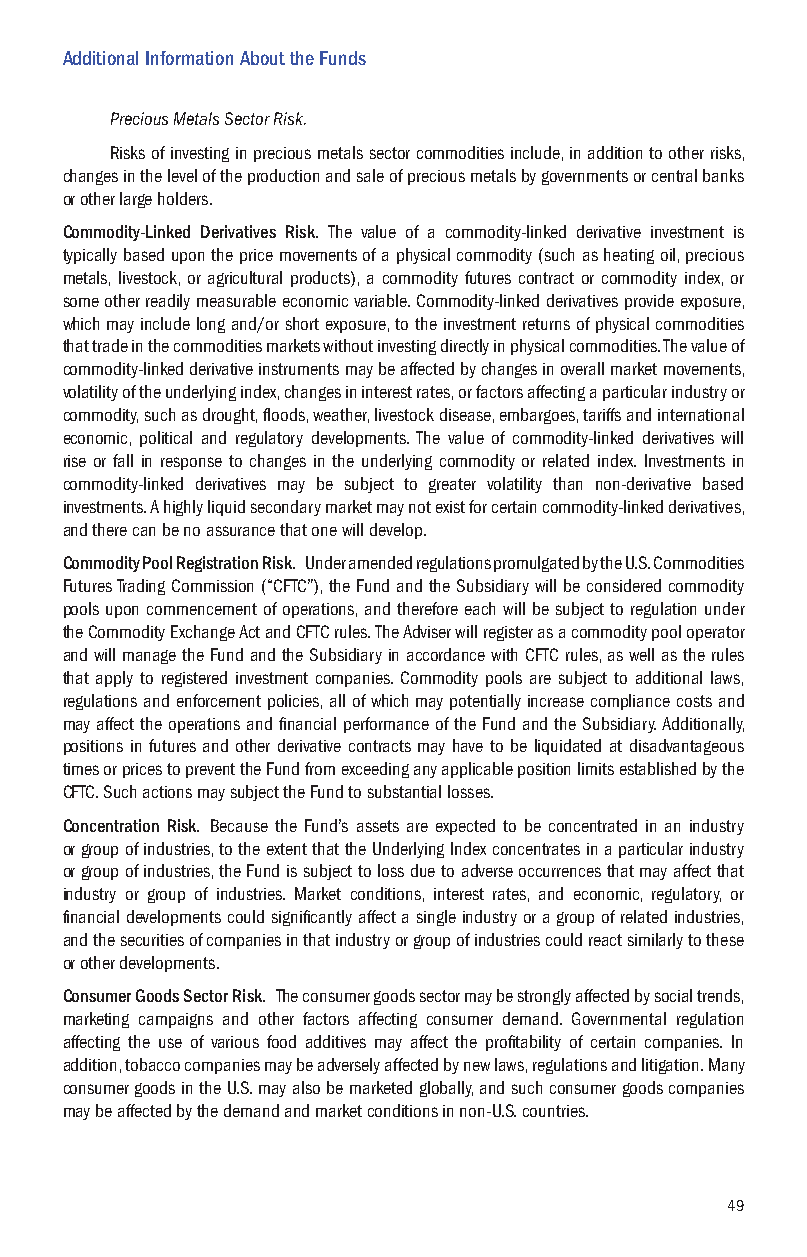
Additional Information About the Funds
 Precious Metals Sector Risk.
 Risks of investing in precious metals sector commodities include, in addition to other risks,
 changes in the level of the production and sale of precious metals by governments or central banks
 or other large holders.
 Commodity-Linked Derivatives Risk. The value of a commodity-linked derivative investment is
 typically based upon the price movements of a physical commodity (such as heating oil, precious
 metals, livestock, or agricultural products), a commodity futures contract or commodity index, or
 some other readily measurable economic variable. Commodity-linked derivatives provide exposure,
 which may include long and/or short exposure, to the investment returns of physical commodities
 that trade in the commodities markets without investing directly in physical commodities. The value of
 commodity-linked derivative instruments may be affected by changes in overall market movements,
 volatility of the underlying index, changes in interest rates, or factors affecting a particular industry or
 commodity, such as drought, floods, weather, livestock disease, embargoes, tariffs and international
 economic, political and regulatory developments. The value of commodity-linked derivatives will
 rise or fall in response to changes in the underlying commodity or related index. Investments in
 commodity-linked derivatives may be subject to greater volatility than non-derivative based
 investments. A highly liquid secondary market may not exist for certain commodity-linked derivatives,
 and there can be no assurance that one will develop.
 Commodity Pool Registration Risk. Under amended regulations promulgated by the U.S. Commodities
 Futures Trading Commission (“CFTC”), the Fund and the Subsidiary will be considered commodity
 pools upon commencement of operations, and therefore each will be subject to regulation under
 the Commodity Exchange Act and CFTC rules. The Adviser will register as a commodity pool operator
 and will manage the Fund and the Subsidiary in accordance with CFTC rules, as well as the rules
 that apply to registered investment companies. Commodity pools are subject to additional laws,
 regulations and enforcement policies, all of which may potentially increase compliance costs and
 may affect the operations and financial performance of the Fund and the Subsidiary. Additionally,
 positions in futures and other derivative contracts may have to be liquidated at disadvantageous
 times or prices to prevent the Fund from exceeding any applicable position limits established by the
 CFTC. Such actions may subject the Fund to substantial losses.
 Concentration Risk. Because the Fund’s assets are expected to be concentrated in an industry
 or group of industries, to the extent that the Underlying Index concentrates in a particular industry
 or group of industries, the Fund is subject to loss due to adverse occurrences that may affect that
 industry or group of industries. Market conditions, interest rates, and economic, regulatory, or
 financial developments could significantly affect a single industry or a group of related industries,
 and the securities of companies in that industry or group of industries could react similarly to these
 or other developments.
 Consumer Goods Sector Risk. The consumer goods sector may be strongly affected by social trends,
 marketing campaigns and other factors affecting consumer demand. Governmental regulation
 affecting the use of various food additives may affect the profitability of certain companies. In
 addition, tobacco companies may be adversely affected by new laws, regulations and litigation. Many
 consumer goods in the U.S. may also be marketed globally, and such consumer goods companies
 may be affected by the demand and market conditions in non-U.S. countries.
 49